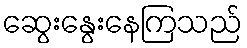
ဆွေးနွေးနေကြသည်